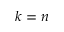
k = n